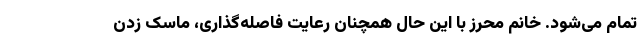
تمام می‌شود. خانم محرز با این حال همچنان رعایت فاصله‌گذاری، ماسک زدن